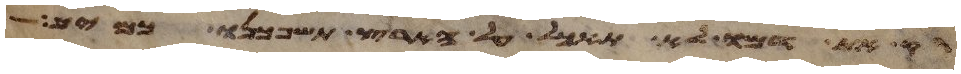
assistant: רק את דמו לא תאכל על הארץ תשפכנו כמים